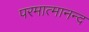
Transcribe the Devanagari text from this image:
परमात्मानन्द